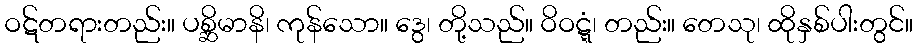
ဝဋ်တရားတည်း။ ပစ္ဆိမာနိ၊ ကုန်သော။ ဒွေ၊ တို့သည်။ ဝိဝဋ္ဋံ၊ တည်း။ တေသု၊ ထိုနှစ်ပါးတွင်။